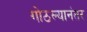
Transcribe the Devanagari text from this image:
गोठल्यानंतर